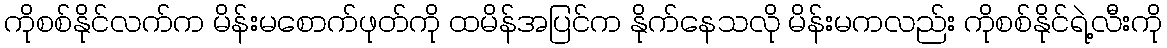
ကိုစစ်နိုင်လက်က မိန်းမစောက်ဖုတ်ကို ထမိန်အပြင်က နိုက်နေသလို မိန်းမကလည်း ကိုစစ်နိုင်ရဲ့လီးကို